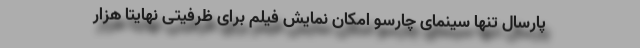
پارسال تنها سینمای چارسو امکان نمایش فیلم برای ظرفیتی نهایتا هزار